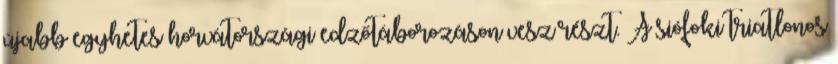
újabb egyhetes horvátországi edzőtáborozáson vesz részt. A siófoki triatlonos